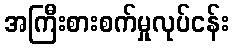
အကြီးစားစက်မှုလုပ်ငန်း